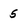
Character: 5